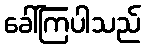
ခေါ်ကြပါသည်